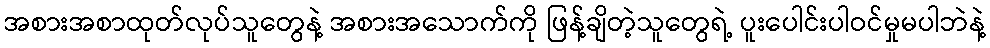
အစားအစာထုတ်လုပ်သူတွေနဲ့ အစားအသောက်ကို ဖြန့်ချိတဲ့သူတွေရဲ့ ပူးပေါင်းပါဝင်မှုမပါဘဲနဲ့